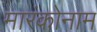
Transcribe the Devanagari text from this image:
मारंकोनाम